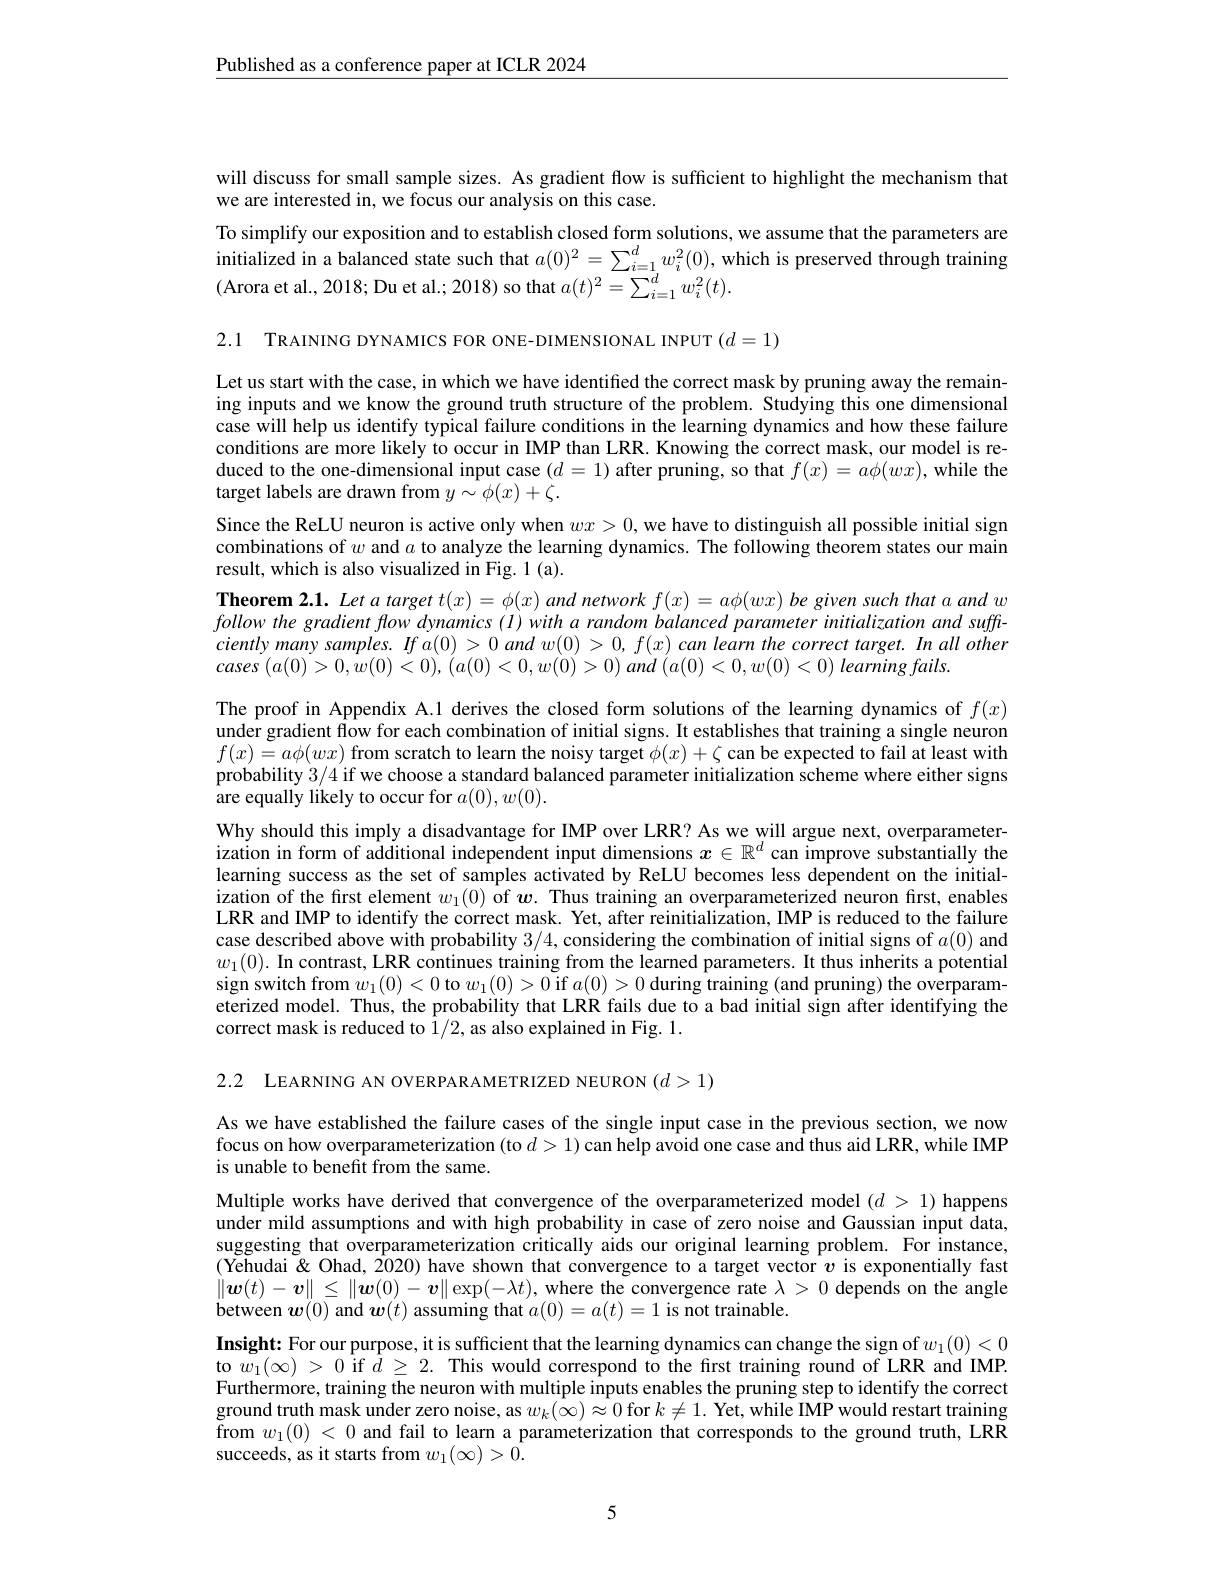
$\underline{\text{Published as a conference paper at ICLR 2024}}$

will discuss for small sample sizes. As gradient flow is sufficient to highlight the mechanism that
we are interested in, we focus our analysis on this case.
To simplify our exposition and to establish closed form solutions, we assume that the parameters are initialized in a balanced state such that $a(0)^2=\sum_{i=1}^dw_i^2(0)$, which is preserved through training(Arora at $2018\cdot$Du et al $\cdot 2018\cdot$ch that $a( t)$
(Arora et al., 2018; Du et al.; 2018) so that $a(t)^2=\sum_i=1^dw_i^2(t).$

2.1 TRAINING DYNAMICS FOR ONE-DIMENSIONAL INPUT $(d=1)$

Let us start with the case, in which we have identified the correct mask by pruning away the remaining inputs and we know the ground truth structure of the problem. Studying this one dimensional case will help us identify typical failure conditions in the learning dynamics and how these failure conditions are more likely to occur in IMP than LRR. Knowing the correct mask, our model is reduced to the one-dimensional input case $(d=1)$ after pruning, so that $f(x)=a\phi(wx)$, while the target labels are drawn from $y\sim\phi(x)+\zeta.$
Since the ReLU neuron is active only when $wx>0$, we have to distinguish all possible initial sign combinations of $w$ and $a$ to analyze the learning dynamics. The following theorem states our main result, which is also visualized in Fig. 1 (a).
Theorem $2. 1. \textit{ Let a target }t( x) = \phi ( x) \textit{and network }f( x) = a\phi ( wx) \textit{be given such that a and w}$ follow the gradient flow dynamics (I) with a random balanced parameter initialization and suffciently many samples. $fa(0)>0$ and $w(0)>0,f(x)$ can learn the correct target. In all other cases $( a( 0) > 0, w( 0) < 0) $, $( a( 0) < 0, w( 0) > 0)$ and $( a( 0) < 0, w( 0) < 0)$ learning $fails.$
The proof in Appendix A.1 derives the closed form solutions of the learning dynamics of $f(x)$ under gradient flow for each combination of initial signs. It establishes that training a single neuron $f(x)=a\phi(wx)$ from scratch to learn the noisy target $\phi(x)+\zeta$ can be expected to fail at least with probability 3/4 if we choose a standard balanced parameter initialization scheme where either signs are equally likely to occur for $a(0),w(0).$
Why should this imply a disadvantage for IMP over LRR? As we will argue next, overparameterization in form of additional independent input dimensions $x\in\mathbb{R}^d$ can improve substantially the learning success as the set of samples activated by ReLU becomes less dependent on the initialization of the first element $w_1(0)$ of $\boldsymbol{w}.$ Thus training an overparameterized neuron first, enables LRR and IMP to identify the correct mask. Yet, after reinitialization, IMP is reduced to the failure case described above with probability 3/4, considering the combination of initial signs of $a(0)$ and $w_{1}(0).$ In contrast, LRR continues training from the learned parameters. It thus inherits a potential sign switch from $w_1(0)<0$ to $w_1(0)>0$ if $a(0)>0$ during training (and pruning) the overparameterized model. Thus, the probability that LRR fails due to a bad initial sign after identifying the correct mask is reduced to $\bar{1}/2$, as also explained in Fig. 1.

2.2 LEARNING AN OVERPARAMETRIZED NEURON $(d>1)$

As we have established the failure cases of the single input case in the previous section, we now focus on how overparameterization (to $d>1)$ can help avoid one case and thus aid LRR, while IMP is unable to benefit from the same.

Multiple works have derived that convergence of the overparameterized model $(d>1)$ happens under mild assumptions and with high probability in case of zero noise and Gaussian input data, suggesting that overparameterization critically aids our original learning problem. For instance, (Yehudai'& Ohad, $\hat{2}020)$ have shown that convergence to a target vector $v$ is exponentially fast $\|\boldsymbol{w}(t)-\boldsymbol{v}\|\leq\|\boldsymbol{w}(0)-\boldsymbol{v}\|\exp(-\lambda t)$, where the convergence rate $\lambda>0$ depends on the angle between $\boldsymbol w(0)$ and $\boldsymbol w(t)$ assuming that $a(0)=a(t)=1$ is not trainable.
Insight: For our purpose, it is sufficient that the learning dynamics can change the sign of $w_1(0)<0$ to $w_{1}(\infty)>0$ if $\bar{d}\geq2.$ This would correspond to the first training round of LRR and IMP. Furthermore, training the neuron with multiple inputs enables the pruning step to identify the correct ground truth mask under zero noise, as $w_k(\infty)\approx0$ for $k\neq1.$ Yet, while IMP would restart training ${\mathrm{from~}w_{1}(0)<0\text{ and fail to learn a parameterization that corresponds to the ground truth, LR}}{\mathrm{R}}$ succeeds, as it starts from $w_1(\infty)>0.$

5